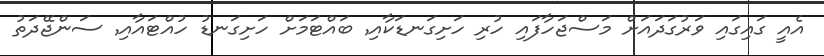
އެއީ ގައިގައި ވަރުގަދައަށް މަސްޖަހާފައި ހުރި ހަށިގަނޑަކާއި